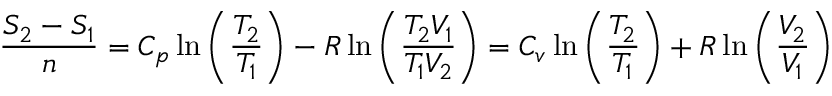
{ \frac { S _ { 2 } - S _ { 1 } } { n } } = C _ { p } \ln \left( { \frac { T _ { 2 } } { T _ { 1 } } } \right) - R \ln \left( { \frac { T _ { 2 } V _ { 1 } } { T _ { 1 } V _ { 2 } } } \right) = C _ { v } \ln \left( { \frac { T _ { 2 } } { T _ { 1 } } } \right) + R \ln \left( { \frac { V _ { 2 } } { V _ { 1 } } } \right)